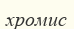
хромис